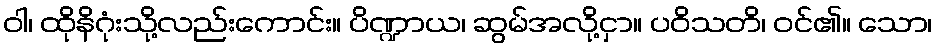
ဝါ၊ ထိုနိဂုံးသို့လည်းကောင်း။ ပိဏ္ဍာယ၊ ဆွမ်အလို့ငှာ။ ပဝိသတိ၊ ဝင်၏။ သော၊